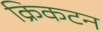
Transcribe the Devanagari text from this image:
क्रिकटन